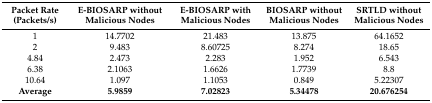
| Packet Rate (Packets/s) | E-BIOSARP without Malicious Nodes | E-BIOSARP with Malicious Nodes | BIOSARP without Malicious Nodes | SRTLD without Malicious Nodes |
 | --- | --- | --- | --- | --- |
 | 1 | 14.7702 | 21.483 | 13.875 | 64.1652 |
 | 2 | 9.483 | 8.60725 | 8.274 | 18.65 |
 | 4.84 | 2.473 | 2.283 | 1.952 | 6.543 |
 | 6.38 | 2.1063 | 1.6626 | 1.7739 | 8.8 |
 | 10.64 | 1.097 | 1.1053 | 0.849 | 5.22307 |
 | Average | 5.9859 | 7.02823 | 5.34478 | 20.676254 |